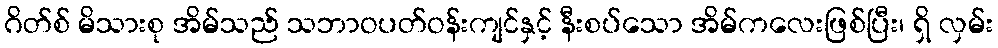
ဂိတ်စ် မိသားစု အိမ်သည် သဘာဝပတ်ဝန်းကျင်နှင့် နီးစပ်သော အိမ်ကလေးဖြစ်ပြီး၊ ရှိ လှမ်း